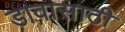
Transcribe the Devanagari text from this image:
डावासाठी